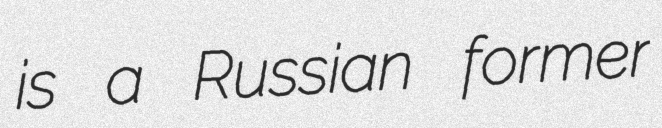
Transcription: is a Russian former